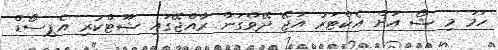
ހަމަ މި ޝޯ އަށް އެކްޓަރު އަޖޭ ދޭވްގަން ރާއްޖޭގައި ޝޫޓްކުރި އެޕިސޯޑް